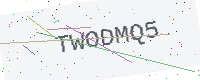
Text: TWODMQ5